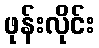
ဖုန်းလိုင်း